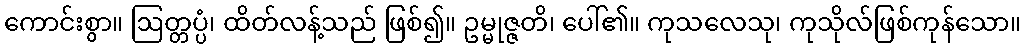
ကောင်းစွာ။ ဩတ္တပ္ပံ၊ ထိတ်လန့်သည် ဖြစ်၍။ ဥမ္မုဇ္ဇတိ၊ ပေါ်၏။ ကုသလေသု၊ ကုသိုလ်ဖြစ်ကုန်သော။